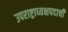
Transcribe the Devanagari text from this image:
उपराष्ट्राध्यक्षपदाची